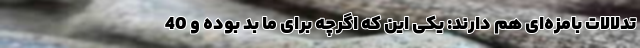
تدلالات بامزه‌ای هم دارند: یکی این که اگرچه برای ما بد بوده و 40